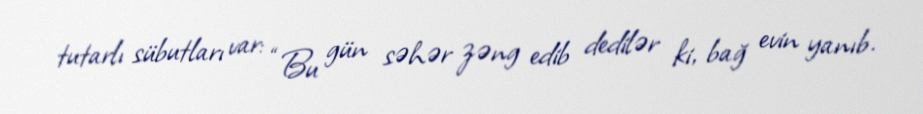
tutarlı sübutları var: “Bu gün səhər zəng edib dedilər ki, bağ evin yanıb.